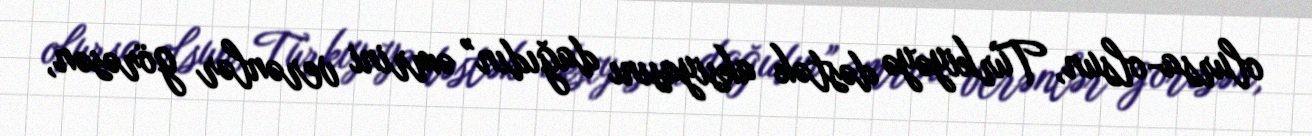
olursa-olsun, Türkiyəyə dəstək aksiyasını dağıdın” əmrini verənlər görəsən,